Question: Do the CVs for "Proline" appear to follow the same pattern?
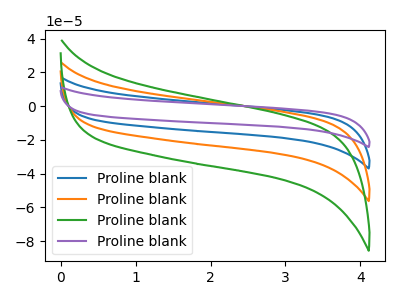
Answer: <think>The blue curve "Proline blank1" has no peaks. The orange curve "Proline blank2" has no peaks. The green curve "Proline blank3" has no peaks. The purple curve "Proline blank4" has no peaks.
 Neither "Proline blank1" or "Proline blank2" have any peaks. Neither "Proline blank1" or "Proline blank3" have any peaks. Neither "Proline blank1" or "Proline blank4" have any peaks. Neither "Proline blank2" or "Proline blank3" have any peaks. Neither "Proline blank2" or "Proline blank4" have any peaks. Neither "Proline blank3" or "Proline blank4" have any peaks.</think>
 <answer>All the CV's of "Proline" have similar shape.</answer>
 <eval>follow_rule</eval>